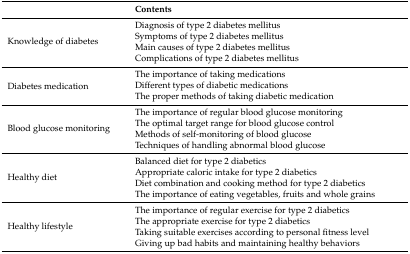
<table><thead><tr><td></td><td><b>Contents</b></td></tr></thead><tbody><tr><td rowspan="4">Knowledge of diabetes</td><td>Diagnosis of type 2 diabetes mellitus</td></tr><tr><td>Symptoms of type 2 diabetes mellitus</td></tr><tr><td>Main causes of type 2 diabetes mellitus</td></tr><tr><td>Complications of type 2 diabetes mellitus</td></tr><tr><td rowspan="3">Diabetes medication</td><td>The importance of taking medications</td></tr><tr><td>Different types of diabetic medications</td></tr><tr><td>The proper methods of taking diabetic medication</td></tr><tr><td rowspan="4">Blood glucose monitoring</td><td>The importance of regular blood glucose monitoring</td></tr><tr><td>The optimal target range for blood glucose control</td></tr><tr><td>Methods of self-monitoring of blood glucose</td></tr><tr><td>Techniques of handling abnormal blood glucose</td></tr><tr><td rowspan="4">Healthy diet</td><td>Balanced diet for type 2 diabetics</td></tr><tr><td>Appropriate caloric intake for type 2 diabetics</td></tr><tr><td>Diet combination and cooking method for type 2 diabetics</td></tr><tr><td>The importance of eating vegetables, fruits and whole grains</td></tr><tr><td rowspan="4">Healthy lifestyle</td><td>The importance of regular exercise for type 2 diabetics</td></tr><tr><td>The appropriate exercise for type 2 diabetics</td></tr><tr><td>Taking suitable exercises according to personal fitness level</td></tr><tr><td>Giving up bad habits and maintaining healthy behaviors</td></tr></tbody></table>